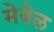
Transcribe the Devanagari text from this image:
मेबेल